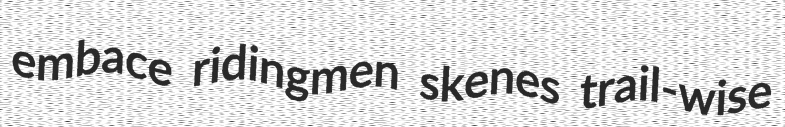
embace ridingmen skenes trail-wise